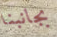
بجانبنا